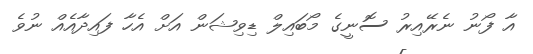
އާ ފޯނު ނެރޭއިރު ސޮނީގެ މޯބައިލް ޑިވިޝަން އަށް އެހާ ފައިދާއެއް ނުވެ